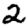
Digit: 2